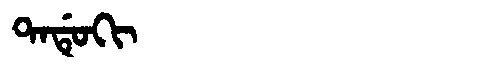
Manchu: ᡨᠠᡩᡠᡴᡳ
Romanization: TADUKI